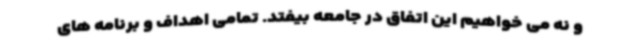
و نه می خواهیم این اتفاق در جامعه بیفتد. تمامی اهداف و برنامه های